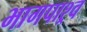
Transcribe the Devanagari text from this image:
भागपाश्र्व